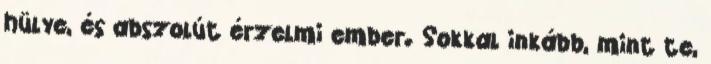
hülye, és abszolút érzelmi ember. Sokkal inkább, mint te,